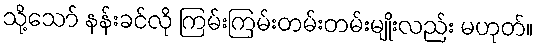
သို့သော် နန်းခင်လို ကြမ်းကြမ်းတမ်းတမ်းမျိုးလည်း မဟုတ်။